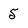
Character: 5